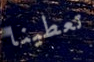
تعطينا